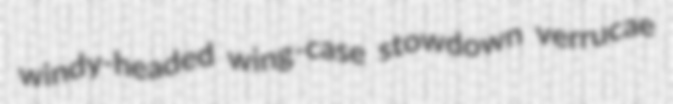
windy-headed wing-case stowdown verrucae